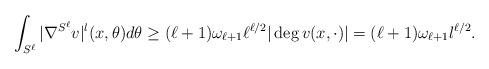
LaTeX: \begin{align*} \int_{S^\ell} |\nabla^{S^\ell}v|^l(x , \theta) d \theta \geq (\ell+1)\omega_{\ell+1}\ell^{\ell/2} |\deg v(x, \cdot) | = (\ell+1)\omega_{\ell+1}l^{\ell/2}.\end{align*}